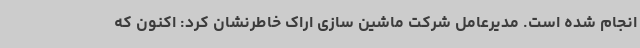
انجام شده است. مدیرعامل شرکت ماشین سازی اراک خاطرنشان کرد: اکنون که